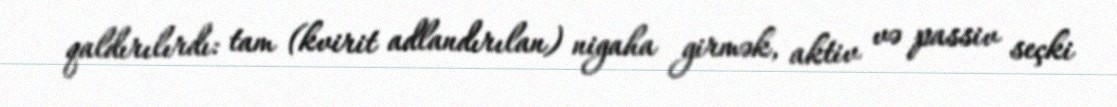
qaldırılırdı: tam (kvirit adlandırılan) nigaha girmək, aktiv və passiv seçki